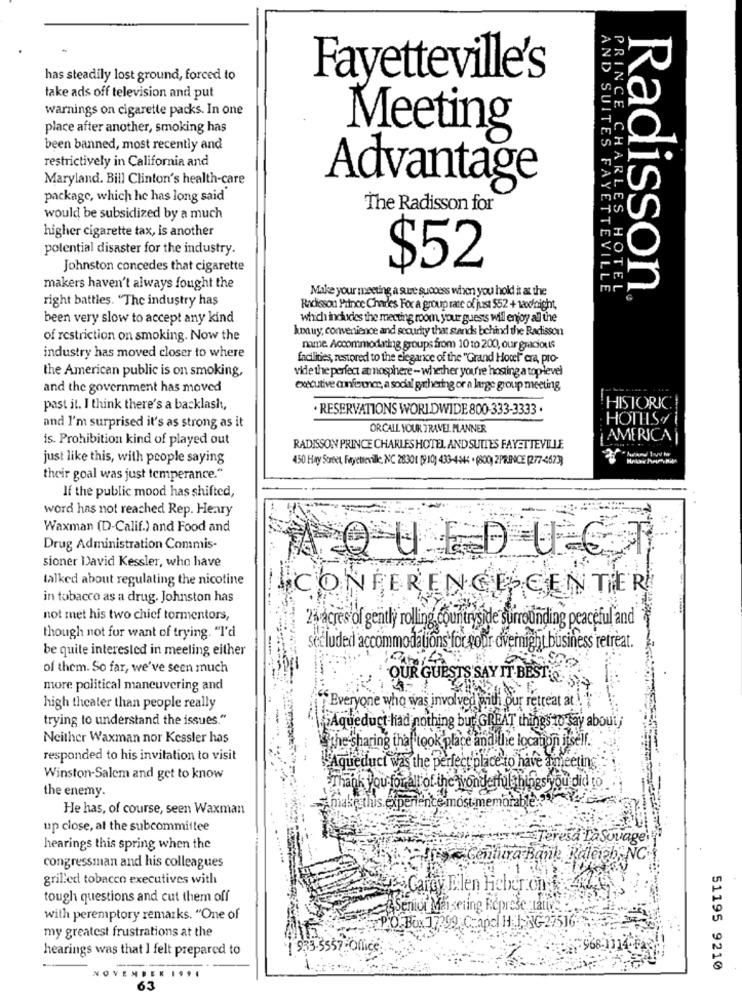
has steadily lost ground, forced to
Fayetteville's
take ads off television and put
warnings on cigarette packs. In one
place after another, smoking has
Meeting
been banned, most recently and
restrictively in California and
Maryland. Bill Clinton's health-care
Advantage
package, which he has long said
The Radisson for
would be subsidized by a much
higher cigarette tax, is another
potential disaster for the industry.
Johnston concedes that cigarette
$52
makers haven't always fought the
Make your meeting a sure success when you hold it at the
S FAYETTEVILLE
Radisson
right battles. "The industry has
PRINCE CHARLES HOTEL
Radisson Prince Charles For a group rate of just 552 + 12x/night,
been very slow to accept any kind
which indudes the meeting room, your guests will enjoy all the
hoauy, convenience and security that stands behind the Radisson
of restriction on smoking. Now the
name. Accommodating groups from 10 to 200, our gracious
industry has moved closer to where
facilities, restored to the elegance of the "Grand Hotel" cra, pro-
the American public is on smoking,
vide the perfect atmosphere - whether you're hosting a toplevel
and the government has moved
executive aufowner, a social gathering or a large group meeting
past it. I think there's a backlash,
RESERVATIONS WORLDWIDE 800-333-3333 .
!HISTORIC
HOTELS.
and I'm surprised it's as strong as it
ORCALL YOUR TRAVEL PLANNER
is. Prohibition kind of played out
AMERICA
RADISSON PRINCE CHARLES HOTEL AND SUITES FAYETTEVILLE
just like this, with people saying
450 Hay Sorbet, Fayettevile, NC 28301 [910) 433-4-544 . (800) 2PRINCE (277-4623)
their goal was just temperance."
If the public mood has shifted,
word has not reached Rep. Heary
Waxman (D-Calif.) and Food and
Drug Administration Commis-
AQUEDUCT
sioner David Kessler, who have
talked about regulating the nicotine
CONFERENCE CENTER
in tobacco as a drug. Johnston has
not met his two chief tormentors,
2% acres of gently rolling countryside surrounding peaceful and
though not for want of trying. "I'd
be quite interested in meeting either
secluded accommodations for your overnight business retreat.
of them. So far, we've seen much
more political maneuvering and
OUR GUESTS SAY IT BEST.C.
""Everyone who was involved with our retreat at .
high theater than people really
trying to understand the issues."
iAqueduct had nothing bur GREAT things to say about ;
Neither Waxman nor Kessler has
"the sharing that took place and the location itself.
responded to his invitation to visit
Aqueduct was the perfect place to have ameeting
Winston-Salem and get to know
Wonderfulthings you did to
the enemy.
Thank you forall of the wonder
make this experience most memorable:39
He has, of course, seen Waxman
up close, at the subcommittee
Teresa La Sovagely
hearings this spring when the
MEGaltura Bank Raleigh, NC
congressman and his colleagues
grilled tobacco executives with
Aes Carey Ellen Hebron f 2446
tough questions and cut them off
Senior Maisering Represe tative
with peremptory remarks. "One of
PO Box 17299, Capc H 1;NG-27516
my greatest frustrations at the
hearings was that I felt prepared to
1 933-5557 - Office
51195 9210
NOVENDER ....
63